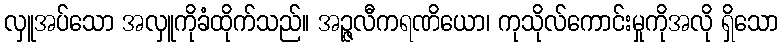
လှူအပ်သော အလှူကိုခံထိုက်သည်။ အဉ္ဇလီကရဏိယော၊ ကုသိုလ်ကောင်းမှုကိုအလို ရှိသော